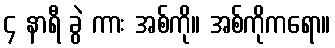
၄ နာရီ ခွဲ ကား အစ်ကို။ အစ်ကိုကရော။